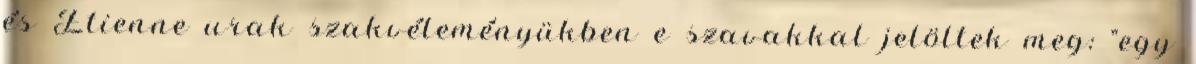
és Etienne urak szakvéleményükben e szavakkal jelöltek meg: "egy